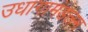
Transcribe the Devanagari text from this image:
उधागामंडलम